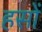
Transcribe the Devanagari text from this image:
हसों